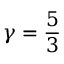
\gamma = \frac { 5 } { 3 }